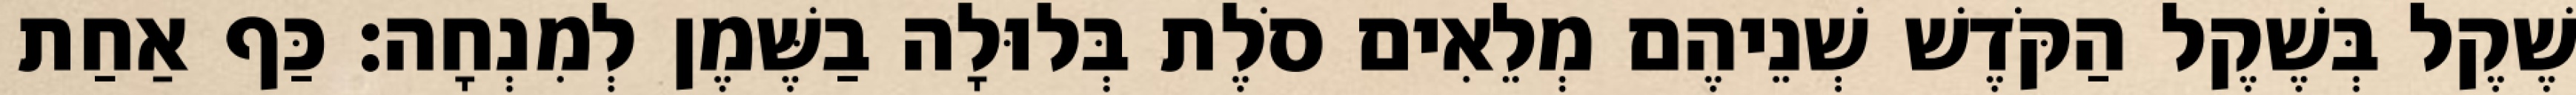
שֶׁקֶל בְּשֶׁקֶל הַקֹּדֶשׁ שְׁנֵיהֶם מְלֵאִים סֹלֶת בְּלוּלָה בַשֶּׁמֶן לְמִנְחָה׃ כַּף אַחַת